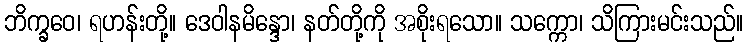
ဘိက္ခဝေ၊ ရဟန်းတို့။ ဒေဝါနမိန္ဒော၊ နတ်တို့ကို အစိုးရသော။ သက္ကော၊ သိကြားမင်းသည်။